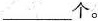
___个。